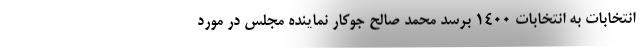
انتخابات به انتخابات 1400 برسد محمد صالح جوکار نماینده مجلس در مورد